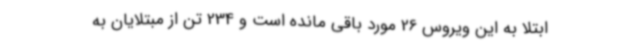
ابتلا به این ویروس 26 مورد باقی مانده است و 234 تن از مبتلایان به